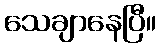
သေချာနေပြီ။